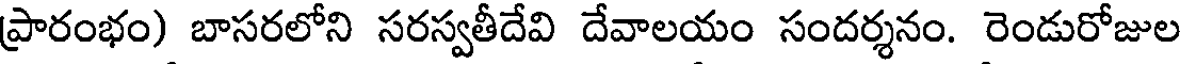
ప్రారంభం) బాసరలోని సరస్వతీదేవి దేవాలయం సందర్శనం. రెండురోజుల